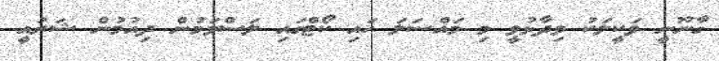
ގާނޫނީ ވަކީލަކު ވިދާޅުވީ މި މައްސަލަ ހައި ކޯޓްގައި ލަސްވަމުން ދިއުމުން ޝަރުއީ